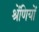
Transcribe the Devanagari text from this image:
श्रेंणियों